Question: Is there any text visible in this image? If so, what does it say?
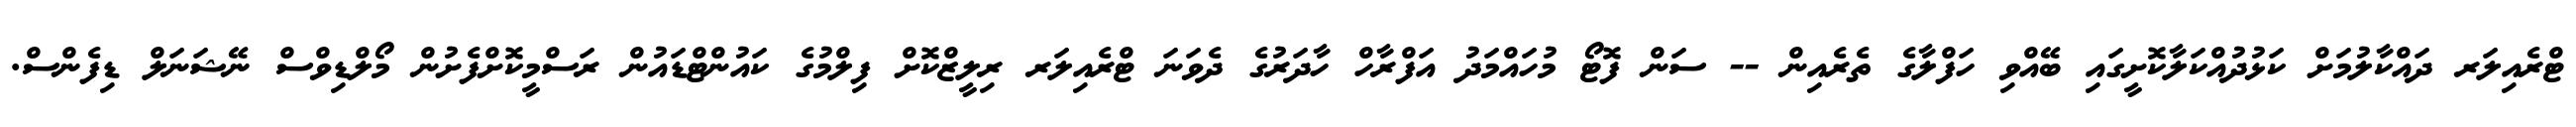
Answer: ޓްރެއިލަރ ދައްކާލުމަށް ކަޅުދުއްކަލާކޮށީގައި ބޭއްވި ހަފްލާގެ ތެރެއިން -- ސަން ފޮޓޯ މުހައްމަދު އަފްރާހް ހާދަރުގެ ދެވަނަ ޓްރެއިލަރ ރިލީޒްކޮށް ފިލްމުގެ ކައުންޓްޑައުން ރަސްމީކޮށްފެށުން މޯލްޑިވްސް ނޭޝަނަލް ޑިފެންސް.